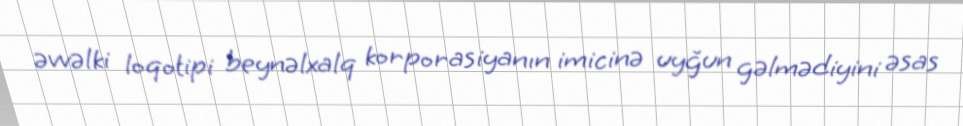
əvvəlki loqotipi beynəlxalq korporasiyanın imicinə uyğun gəlmədiyini əsas